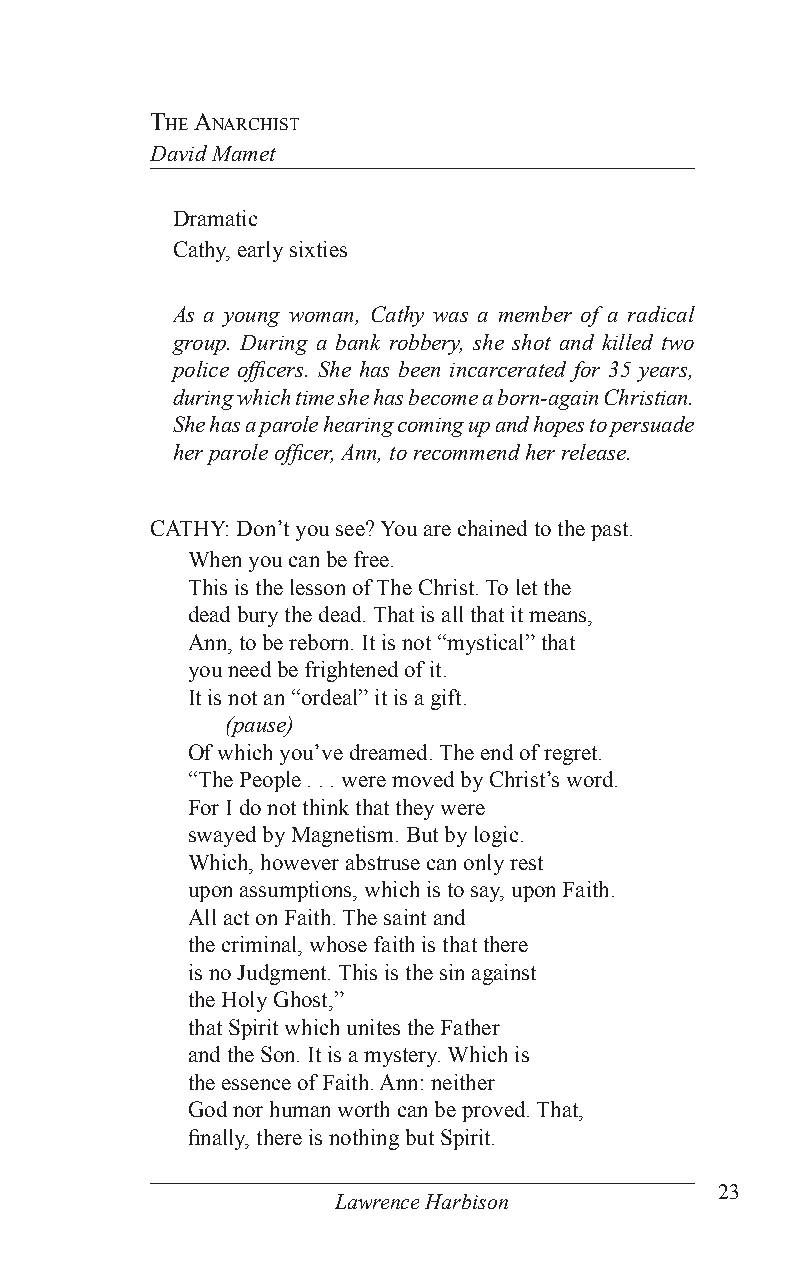
The anarChisT
 David Mamet
 Dramatic
 Cathy, early sixties
 As a young woman, Cathy was a member of a radical
 group. During a bank robbery, she shot and killed two
 police officers. She has been incarcerated for 35 years,
 during which time she has become a born-again Christian.
 She has a parole hearing coming up and hopes to persuade
 her parole officer, Ann, to recommend her release.
 CATHY: Don’t you see? You are chained to the past.
 When you can be free.
 This is the lesson of The Christ. To let the
 dead bury the dead. That is all that it means,
 Ann, to be reborn. It is not “mystical” that
 you need be frightened of it.
 It is not an “ordeal” it is a gift.
 (pause)
 Of which you’ve dreamed. The end of regret.
 “The People . . . were moved by Christ’s word.
 For I do not think that they were
 swayed by Magnetism. But by logic.
 Which, however abstruse can only rest
 upon assumptions, which is to say, upon Faith.
 All act on Faith. The saint and
 the criminal, whose faith is that there
 is no Judgment. This is the sin against
 the Holy Ghost,”
 that Spirit which unites the Father
 and the Son. It is a mystery. Which is
 the essence of Faith. Ann: neither
 God nor human worth can be proved. That,
 finally, there is nothing but Spirit.
 23
 Lawrence Harbison